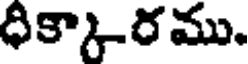
ధిక్కారము.